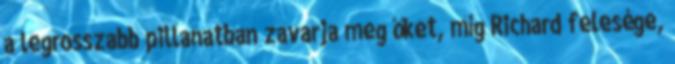
a legrosszabb pillanatban zavarja meg őket, míg Richard felesége,